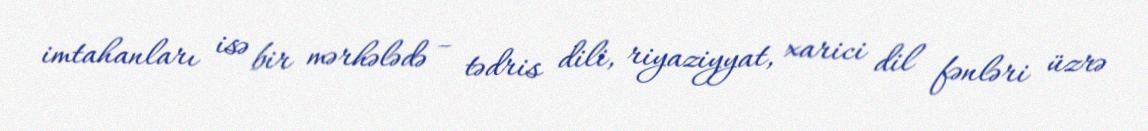
imtahanları isə bir mərhələdə – tədris dili, riyaziyyat, xarici dil fənləri üzrə